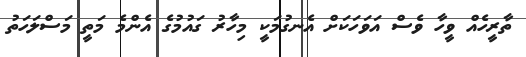
ތާރީހެއް ވީހާ ވެސް އަވަހަކަށް އެނގުމަކީ މިހާރު ގައުމުގެ އެންމެ މަތީ މަސްލަހަތު